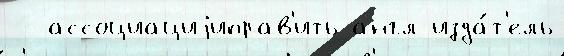
-- ассоциациjиправ'ить англ изда́т'ель